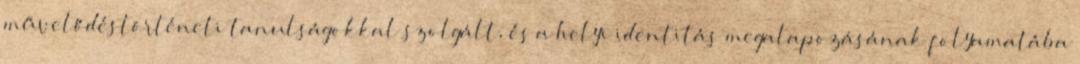
művelődéstörténeti tanulságokkal szolgált, és a helyi identitás megalapozásának folyamatába